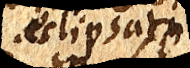
eclipsati